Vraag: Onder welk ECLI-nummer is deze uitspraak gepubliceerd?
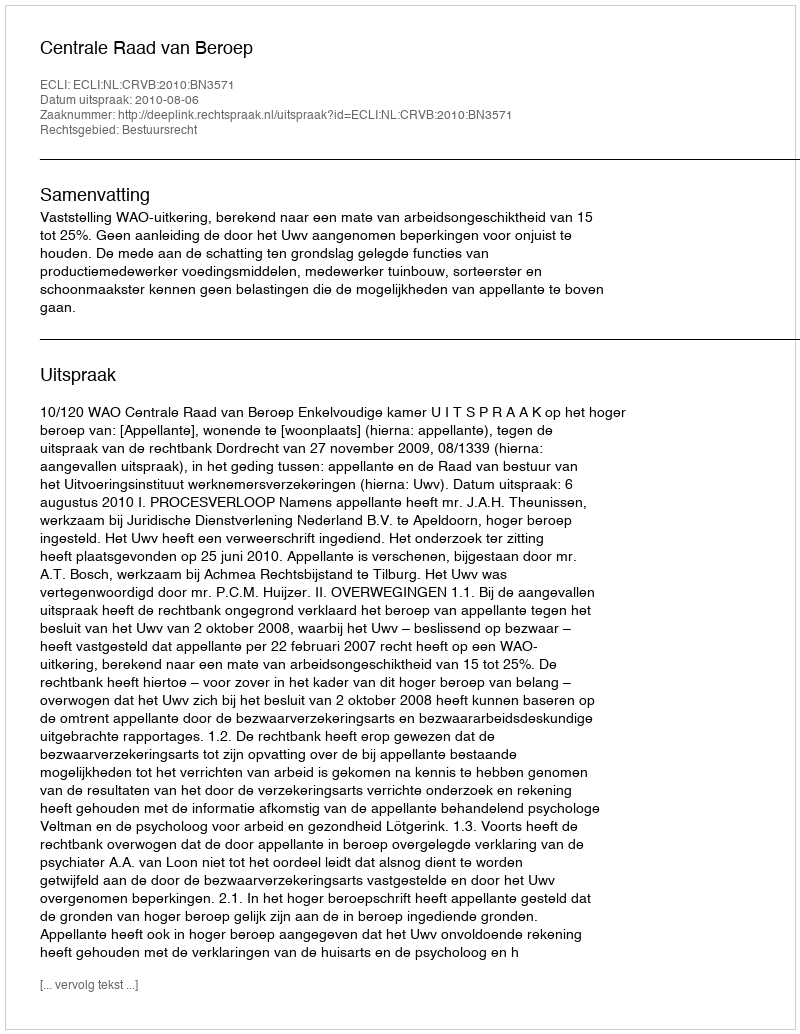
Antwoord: ECLI:NL:CRVB:2010:BN3571